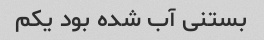
بستنی آب شده بود یکم